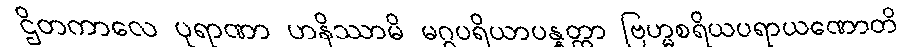
ဌိတကာလေ ပုရာဏာ ဟနိဿာမိ မဂ္ဂပရိယာပန္နတ္တာ ဗြဟ္မစရိယပရာယဏောတိ